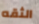
الثقه